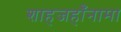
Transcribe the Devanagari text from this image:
शाहजहाँनामा